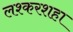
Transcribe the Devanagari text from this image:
लश्करशहा